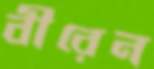
বীরেন